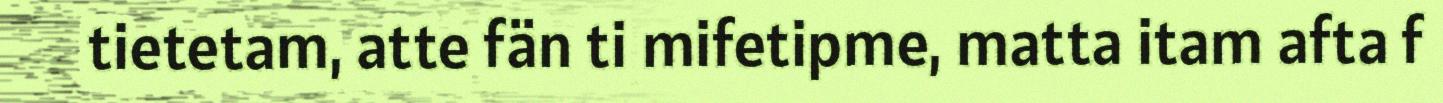
tietetam, atte fän ti mifetipme, matta itam afta f